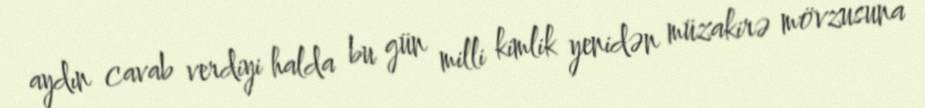
aydın cavab verdiyi halda bu gün milli kimlik yenidən müzakirə mövzusuna